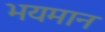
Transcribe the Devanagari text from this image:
भयमान